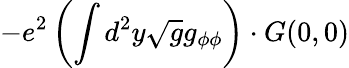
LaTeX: -e^{2}\left(\int d^{2}y\sqrt{g}g_{\phi\phi}\right)\cdot G(0,0)